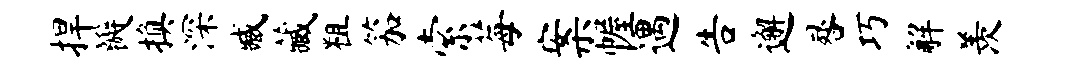
捍瓣换深臧藏粗笳索莓案幄遇告邂晷巧解羡